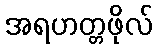
အရဟတ္တဖိုလ်